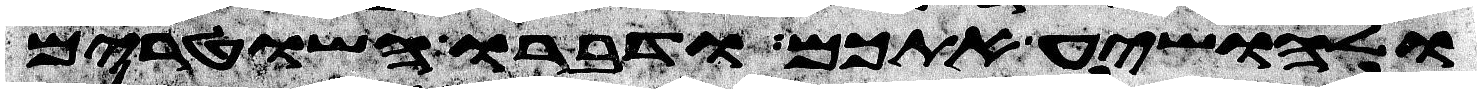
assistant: ולהושיע אתכם ודברו השטרים